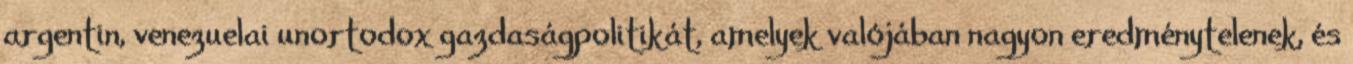
argentin, venezuelai unortodox gazdaságpolitikát, amelyek valójában nagyon eredménytelenek, és